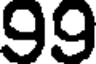
99